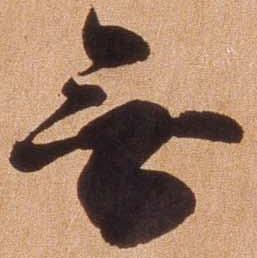
無